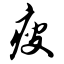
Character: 瘦